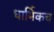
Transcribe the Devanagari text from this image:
धार्मिकच